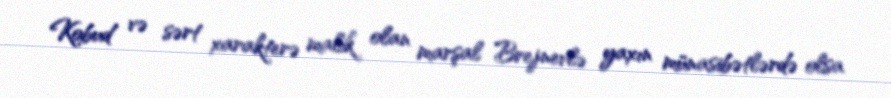
Kobud və sərt xarakterə malik olan marşal Brejnevlə yaxın münasibətlərdə olsa